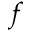
f